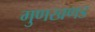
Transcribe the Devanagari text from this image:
गुणखणड